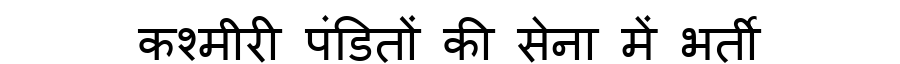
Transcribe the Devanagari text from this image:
कश्मीरी पंडितों की सेना में भर्ती